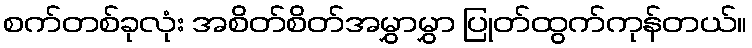
စက်တစ်ခုလုံး အစိတ်စိတ်အမွှာမွှာ ပြုတ်ထွက်ကုန်တယ်။